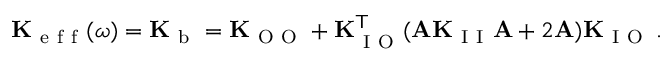
\mathbf { K } _ { \mathrm { ~ e ~ f ~ f ~ } } ( \omega ) = \mathbf { K } _ { \mathrm { ~ b ~ } } = \mathbf { K } _ { \mathrm { ~ O ~ O ~ } } + \mathbf { K } _ { \mathrm { ~ I ~ O ~ } } ^ { \mathsf { T } } ( \mathbf { A } \mathbf { K } _ { \mathrm { ~ I ~ I ~ } } \mathbf { A } + 2 \mathbf { A } ) \mathbf { K } _ { \mathrm { ~ I ~ O ~ } } \, .